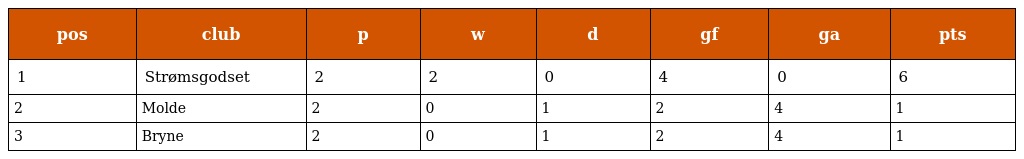
| pos | club | p | w | d | gf | ga | pts |
 | --- | --- | --- | --- | --- | --- | --- | --- |
 | 1 | Strømsgodset | 2 | 2 | 0 | 4 | 0 | 6 |
 | 2 | Molde | 2 | 0 | 1 | 2 | 4 | 1 |
 | 3 | Bryne | 2 | 0 | 1 | 2 | 4 | 1 |